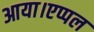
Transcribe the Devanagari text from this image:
आया।एप्पल